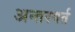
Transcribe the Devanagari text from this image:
अन्तरगर्त